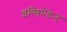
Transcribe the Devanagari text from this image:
इण्डिपेंडेन्ट